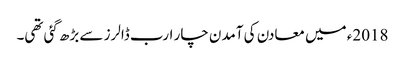
2018ء میں معادن کی آمدن چار ارب ڈالرز سے بڑھ گئی تھی۔